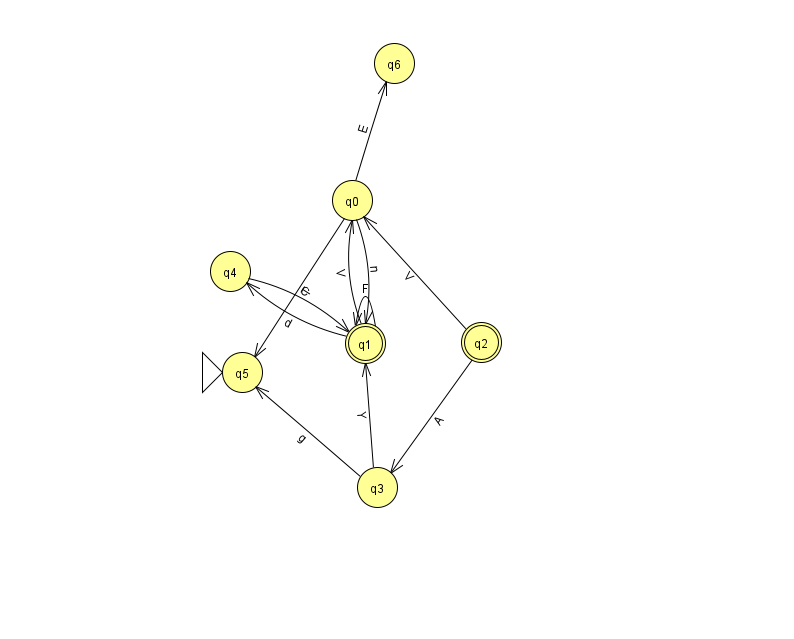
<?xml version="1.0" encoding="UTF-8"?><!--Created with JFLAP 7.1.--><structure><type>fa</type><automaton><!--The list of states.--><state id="0" name="q0"><x>352.0</x><y>187.0</y></state><state id="1" name="q1"><x>365.0</x><y>330.0</y><final/></state><state id="2" name="q2"><x>481.0</x><y>329.0</y><final/></state><state id="3" name="q3"><x>377.0</x><y>474.0</y></state><state id="4" name="q4"><x>230.0</x><y>258.0</y></state><state id="5" name="q5"><x>242.0</x><y>359.0</y><initial/></state><state id="6" name="q6"><x>394.0</x><y>50.0</y></state><!--The list of transitions.--><transition><from>0</from><to>5</to><read>T</read></transition><transition><from>1</from><to>0</to><read>V</read></transition><transition><from>1</from><to>1</to><read>F</read></transition><transition><from>3</from><to>5</to><read>g</read></transition><transition><from>1</from><to>4</to><read>d</read></transition><transition><from>0</from><to>6</to><read>E</read></transition><transition><from>0</from><to>1</to><read>n</read></transition><transition><from>3</from><to>1</to><read>Y</read></transition><transition><from>2</from><to>3</to><read>A</read></transition><transition><from>4</from><to>1</to><read>C</read></transition><transition><from>2</from><to>0</to><read>V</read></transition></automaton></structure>